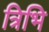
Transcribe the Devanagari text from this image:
त्रिभि